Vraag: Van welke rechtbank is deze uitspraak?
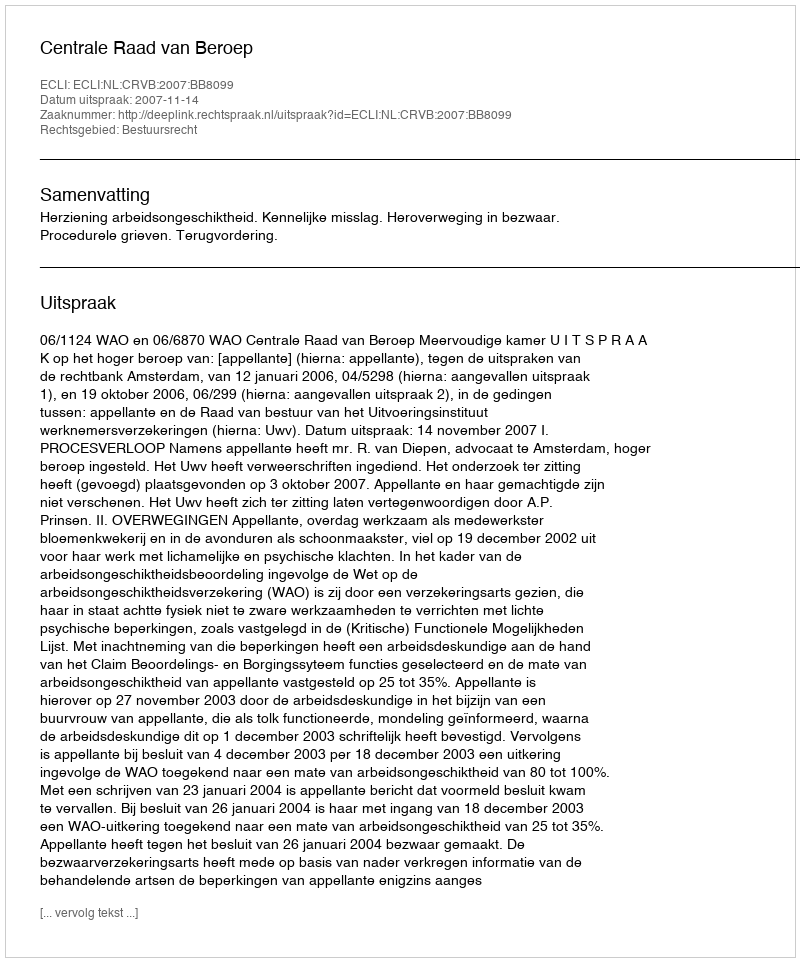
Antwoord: Centrale Raad van Beroep